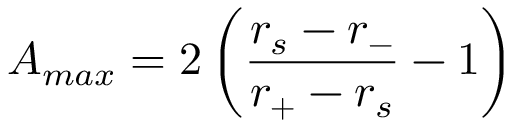
A _ { m a x } = 2 \left( \frac { r _ { s } - r _ { - } } { r _ { + } - r _ { s } } - 1 \right)